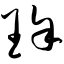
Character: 瑾